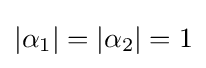
|\alpha _{1}|=|\alpha _{2}|=1